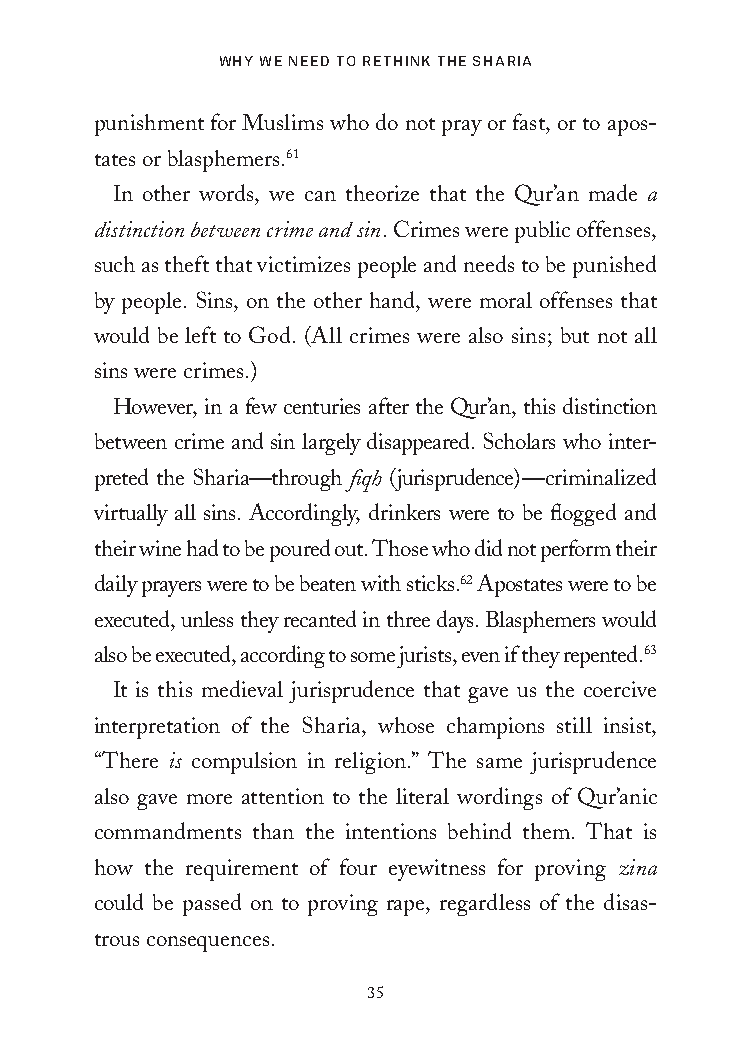
Why We Need to RethiNk the ShaRia
 punishment for Muslims who do not pray or fast, or to apos-
 tates or blasphemers.61
 In other words, we can theorize that the Qur’an made a
 distinction between crime and sin. Crimes were public offenses,
 such as theft that victimizes people and needs to be punished
 by people. Sins, on the other hand, were moral offenses that
 would be left to God. (All crimes were also sins; but not all
 sins were crimes.)
 However, in a few centuries after the Qur’an, this distinction
 between crime and sin largely disappeared. Scholars who inter-
 preted the Sharia—through fiqh (jurisprudence)—criminalized
 virtually all sins. Accordingly, drinkers were to be flogged and
 their wine had to be poured out. Those who did not perform their
 daily prayers were to be beaten with sticks.62 Apostates were to be
 executed, unless they recanted in three days. Blasphemers would
 also be executed, according to some jurists, even if they repented.63
 It is this medieval jurisprudence that gave us the coercive
 interpretation of the Sharia, whose champions still insist,
 “There is compulsion in religion.” The same jurisprudence
 also gave more attention to the literal wordings of Qur’anic
 commandments than the intentions behind them. That is
 how the requirement of four eyewitness for proving zina
 could be passed on to proving rape, regardless of the disas-
 trous consequences.
 35
 25320_Ch02.indd 35                      24/06/2021 8:47 AM